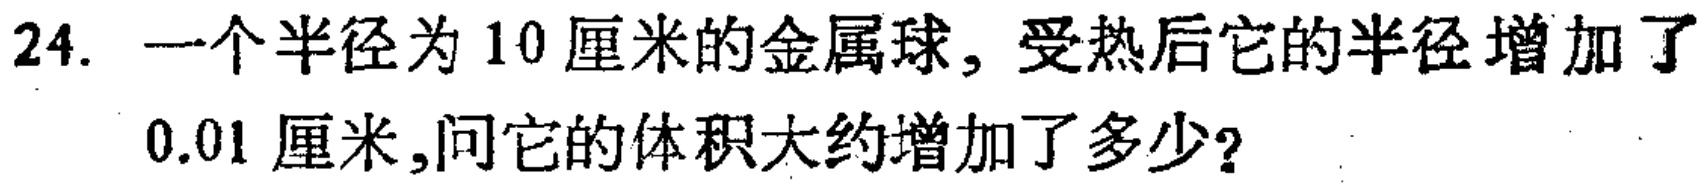
24. 一个半径为 10 厘米的金属球，受热后它的半径增加了
0.01 厘米,问它的体积大约增加了多少?